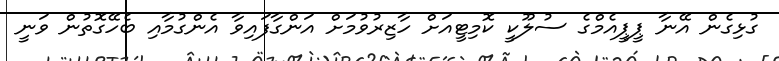
ގުޅިގެން އޭނާ ޕީޕީއެމްގެ ސުލޫކީ ކޮމިޓީއަށް ހާޒިރުވުމަށް އަންގާފައިވާ އެންގުމާއި ބެހޭގޮތުން ވަނީ